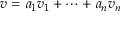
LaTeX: v = a _ { 1 } v _ { 1 } + \cdots + a _ { n } v _ { n }